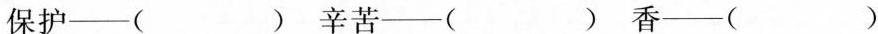
保护—( )辛苦—( )香—( )